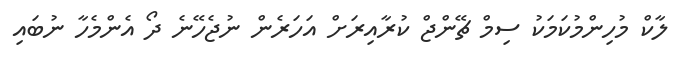
ލާކް މުހިންމުކަމަކު ސިމް ޗޭންޖް ކުރާއިރަށް އަހަރެން ނުޖެހޭނެ ދޯ އެންމެހާ ނުބައި